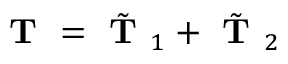
\textbf { T } = \tilde { \textbf { T } } _ { 1 } + \tilde { \textbf { T } } _ { 2 }